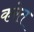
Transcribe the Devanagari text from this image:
करेत